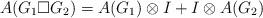
LaTeX: \begin{align*}A(G_1\Box G_2) = A(G_1)\otimes I + I \otimes A(G_2)\end{align*}